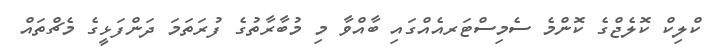
ކްލިކް ކޮލެޖްގެ ކޮންމެ ސެމިސްޓަރއެއްގައި ބާއްވާ މި މުބާރާތުގެ ފުރަތަމަ ދަންފަޅީގެ މެޗްތައް